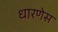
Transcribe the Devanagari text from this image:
धारणेस